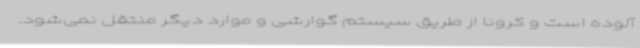
آلوده است و کرونا از طریق سیستم گوارشی و موارد دیگر منتقل نمی‌شود.